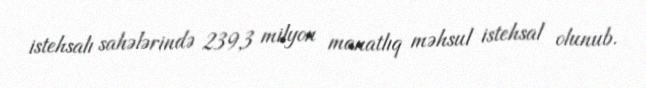
istehsalı sahələrində 239,3 milyon manatlıq məhsul istehsal olunub.